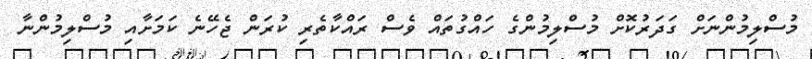
މުސްލިމުންނަށް ގަދަރުކޮށް މުސްލިމުންގެ ހައްގުތައް ވެސް ރައްކާތެރި ކުރަން ޖެހޭނެ ކަމަށާއި މުސްލިމުންނާ